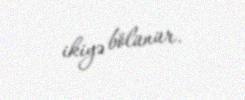
ikiyə bölünür.